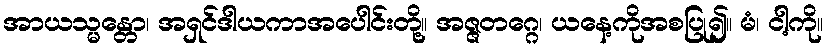
အာယသ္မန္တော၊ အရှင်ဒါယကာအပေါင်းတို့။ အဇ္ဇတဂ္ဂေ၊ ယနေ့ကိုအစပြု၍။ မံ၊ ငါ့ကို။